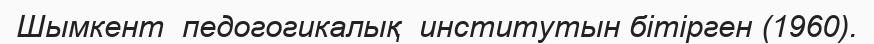
Шымкент  педогогикалық  институтын бітірген (1960).